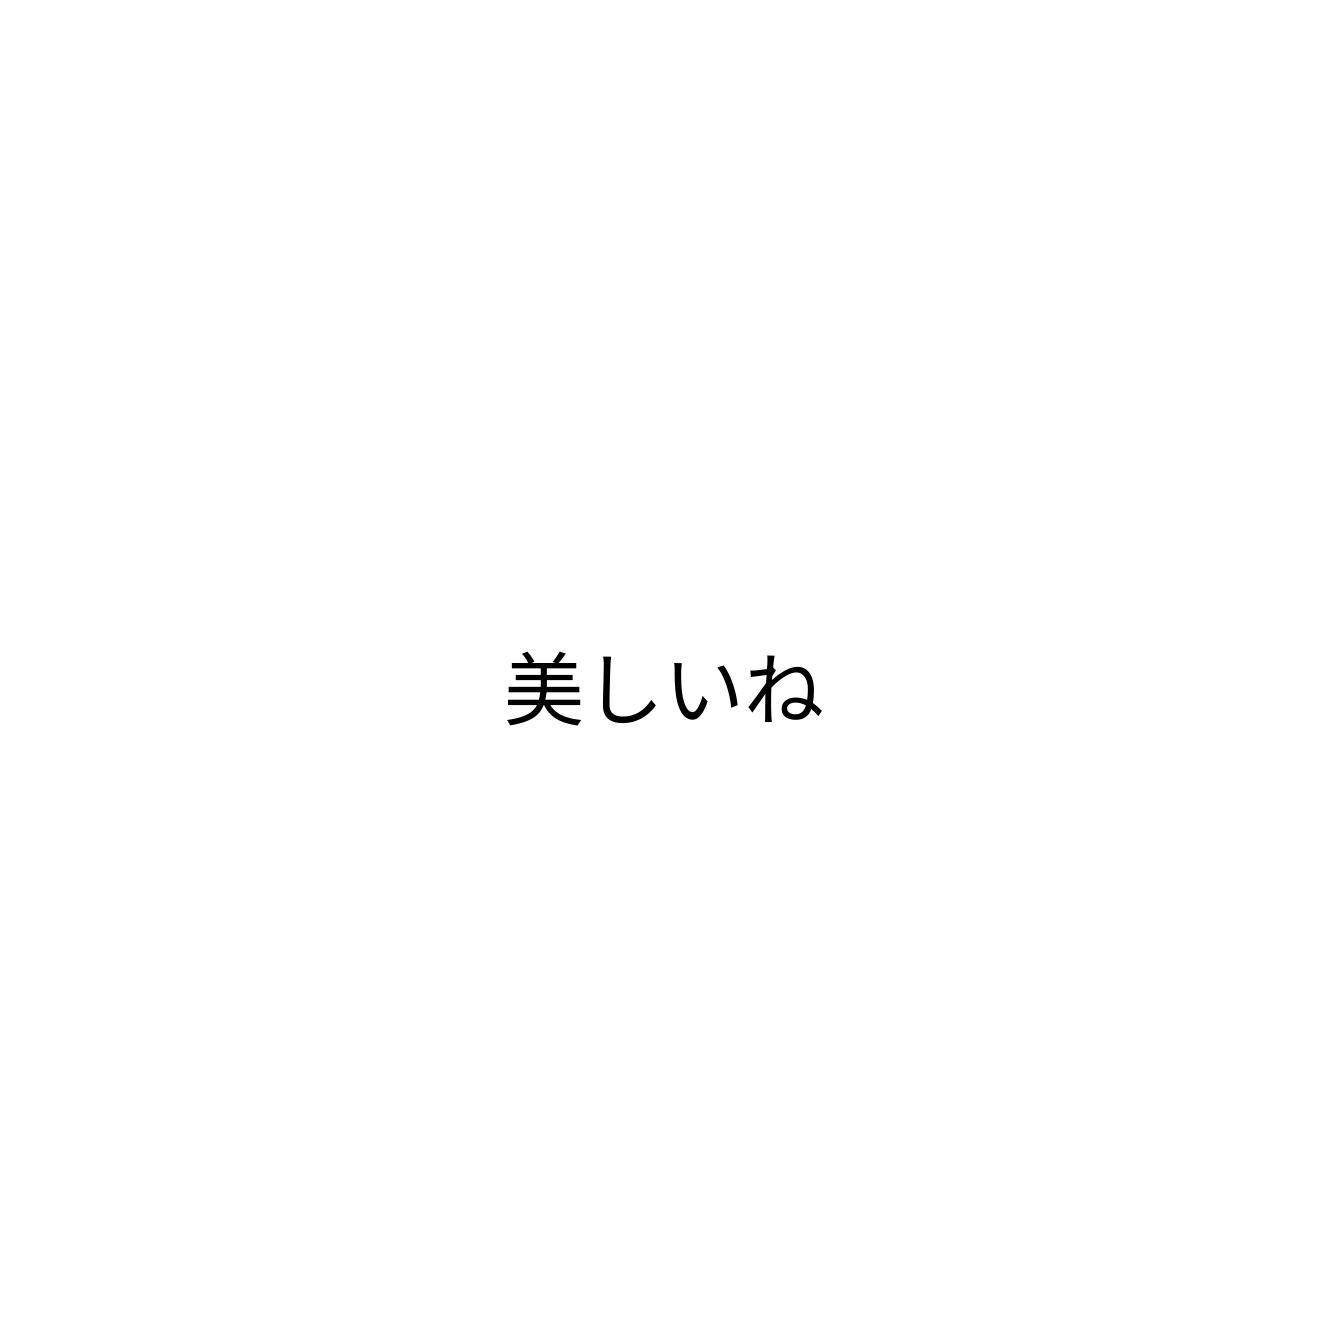
美しいね